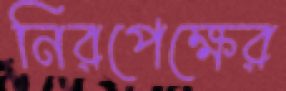
নিরপেক্ষের